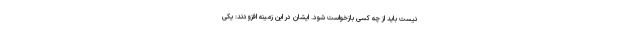
نیست باید از چه کسی بازخواست شود. ایشان در این زمینه افزودند: یکی